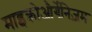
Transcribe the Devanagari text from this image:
माइक्रोऔर्गेनिज़म